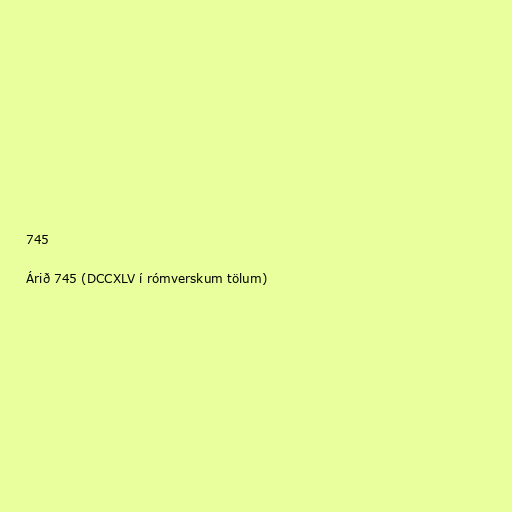
745

Árið 745 (DCCXLV í rómverskum tölum)